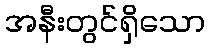
အနီးတွင်ရှိသော